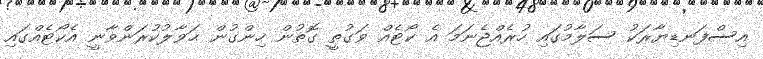
އިސްފަނޑިޔާރަކު ސަލާމުގައި ހުރެއްޖެނަމަ އެ ކޯޓެއް ވަގުތީ ގޮތުން ހިންގުން ޙަވާލުކުރަންވާނީ އެކޯޓެއްގައި